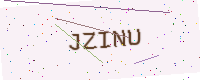
Text: JZINU